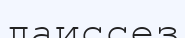
лаиссез